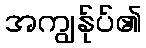
အကျွန်ုပ်၏